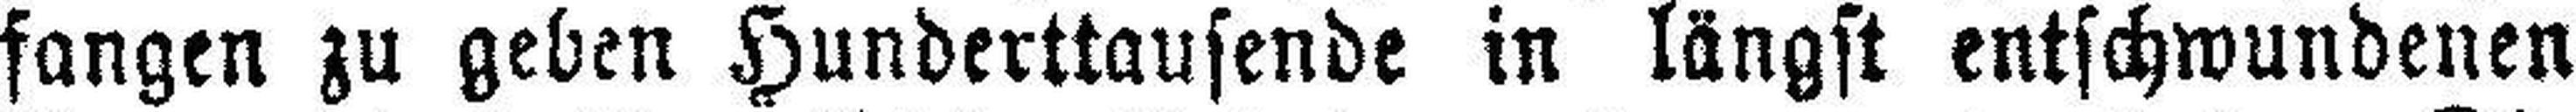
fangen zu geben Hunderttausende in längst entschwundenen